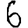
Digit: 6